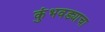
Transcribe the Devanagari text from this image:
कुंभवड्याचा